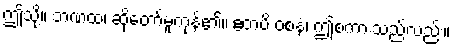
ဤသို့။ ဘဏထ၊ ဆိုတော်မူကုန်၏။ ဧတံပိ ဝစနံ၊ ဤစကားသည်လည်း။